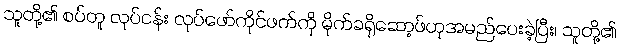
သူတို့၏ စပ်တူ လုပ်ငန်း လုပ်ဖော်ကိုင်ဖက်ကို မိုက်ခရိုဆော့ဖ်ဟုအမည်ပေးခဲ့ပြီး၊ သူတို့၏